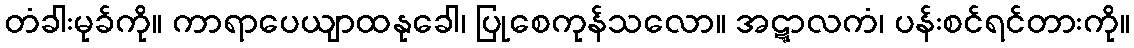
တံခါးမုခ်ကို။ ကာရာပေယျာထနုခေါ၊ ပြုစေကုန်သလော။ အဋ္ဋာလကံ၊ ပန်းစင်ရင်တားကို။